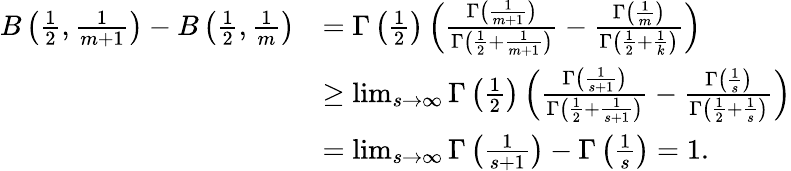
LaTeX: \begin{array}{rl}{B\left(\frac{1}{2},\frac{1}{m+1}\right)-B\left(\frac{1}{2},\frac{1}{m}\right)}&{=\Gamma\left(\frac{1}{2}\right)\left(\frac{\Gamma\left(\frac{1}{m+1}\right)}{\Gamma\left(\frac{1}{2}+\frac{1}{m+1}\right)}-\frac{\Gamma\left(\frac{1}{m}\right)}{\Gamma\left(\frac{1}{2}+\frac{1}{k}\right)}\right)}\\ &{\geq\operatorname*{lim}_{s\to\infty}\Gamma\left(\frac{1}{2}\right)\left(\frac{\Gamma\left(\frac{1}{s+1}\right)}{\Gamma\left(\frac{1}{2}+\frac{1}{s+1}\right)}-\frac{\Gamma\left(\frac{1}{s}\right)}{\Gamma\left(\frac{1}{2}+\frac{1}{s}\right)}\right)}\\ &{=\operatorname*{lim}_{s\to\infty}\Gamma\left(\frac{1}{s+1}\right)-\Gamma\left(\frac{1}{s}\right)=1.}\end{array}